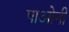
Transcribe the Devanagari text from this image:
पाओनी